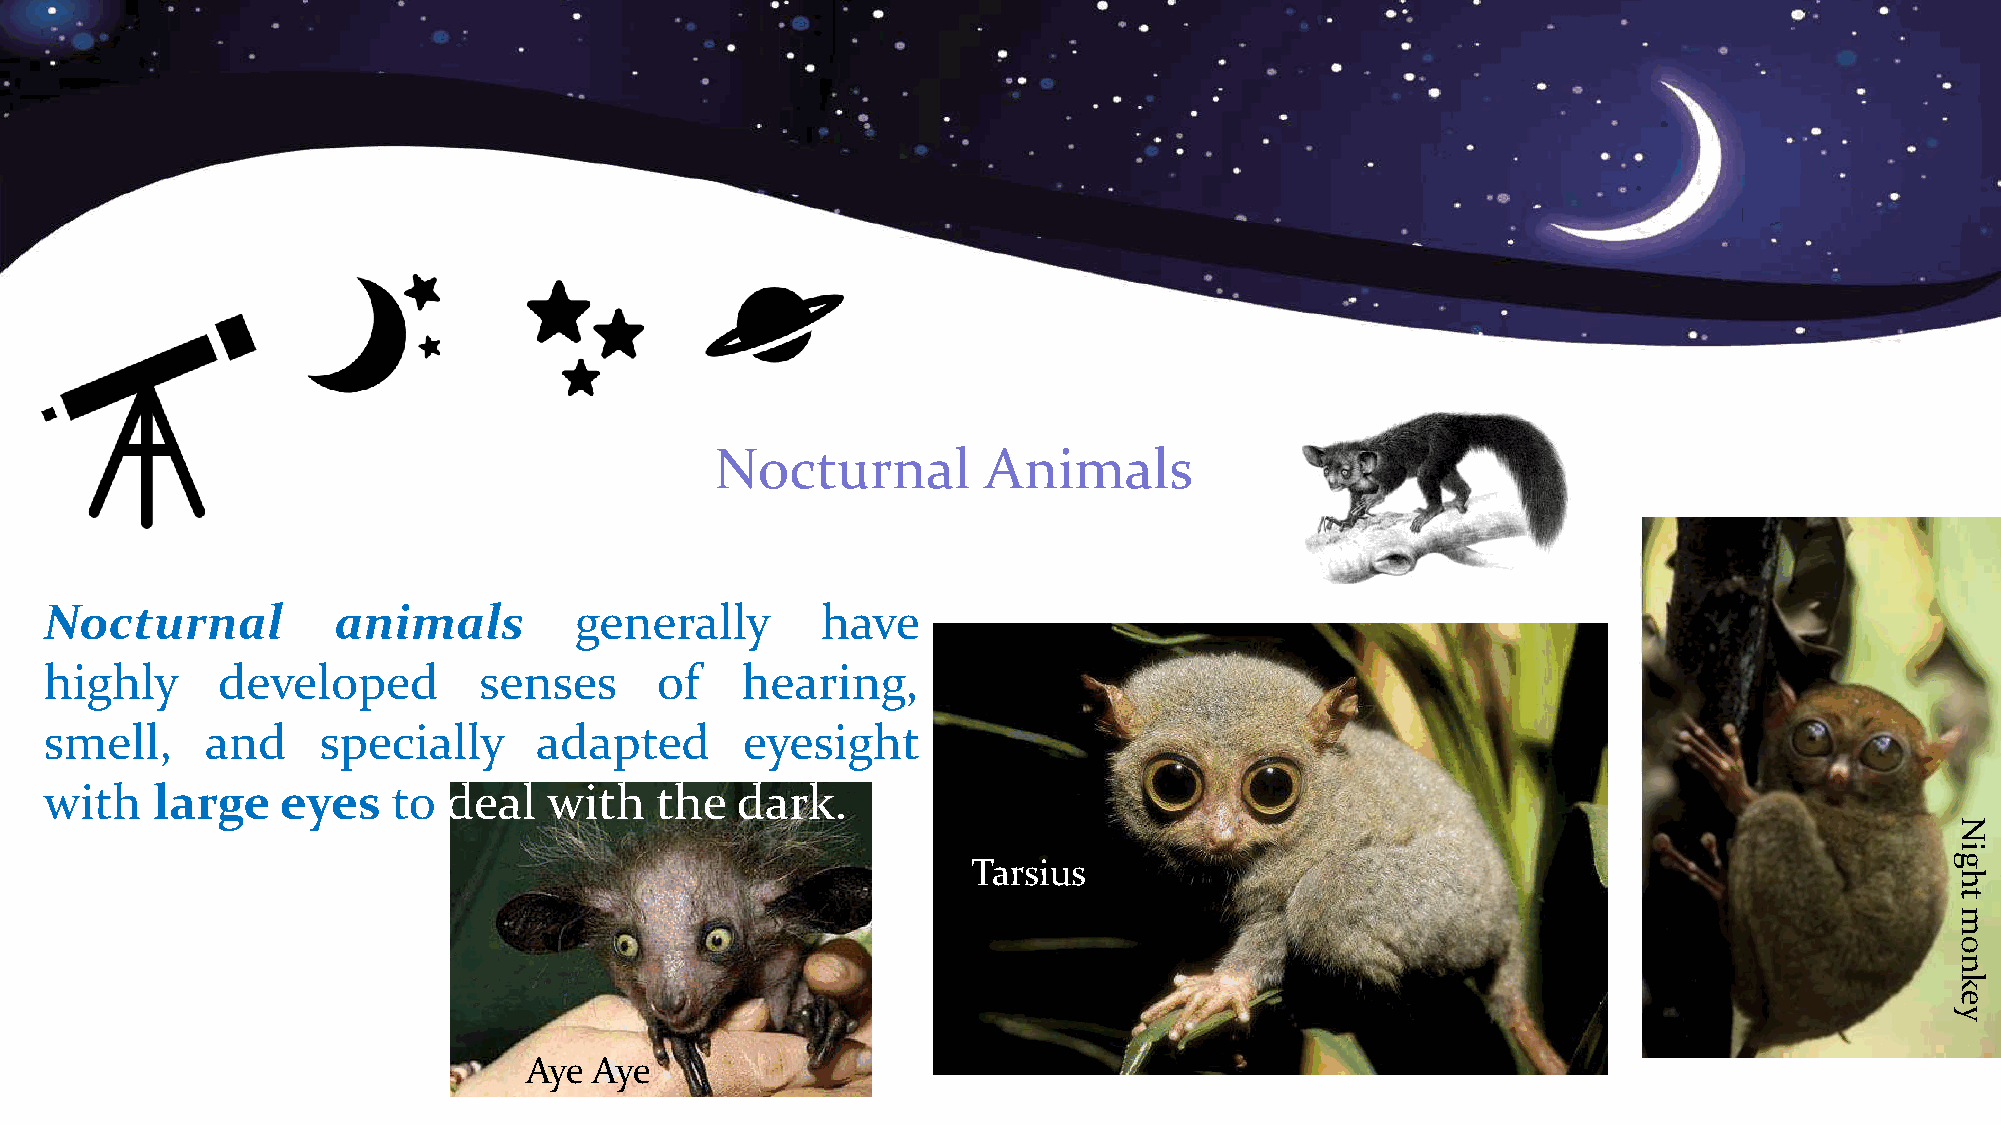
Nocturnal         Animals
 Nocturnal          animals         generally       have
 highly     developed         senses     of    hearing,
 smell,     and    specially     adapted       eyesight
 with   large    eyes   to deal   with   the   dark.
 N
 i
 Tarsius                                                          g
 h
 t
 m
 o
 n
 k
 e
 y
 Aye Aye